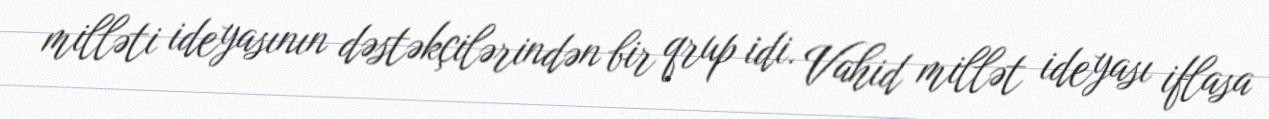
milləti ideyasının dəstəkçilərindən bir qrup idi. Vahid millət ideyası iflasa